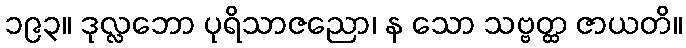
၁၉၃။ ဒုလ္လဘော ပုရိသာဇညော၊ န သော သဗ္ဗတ္ထ ဇာယတိ။